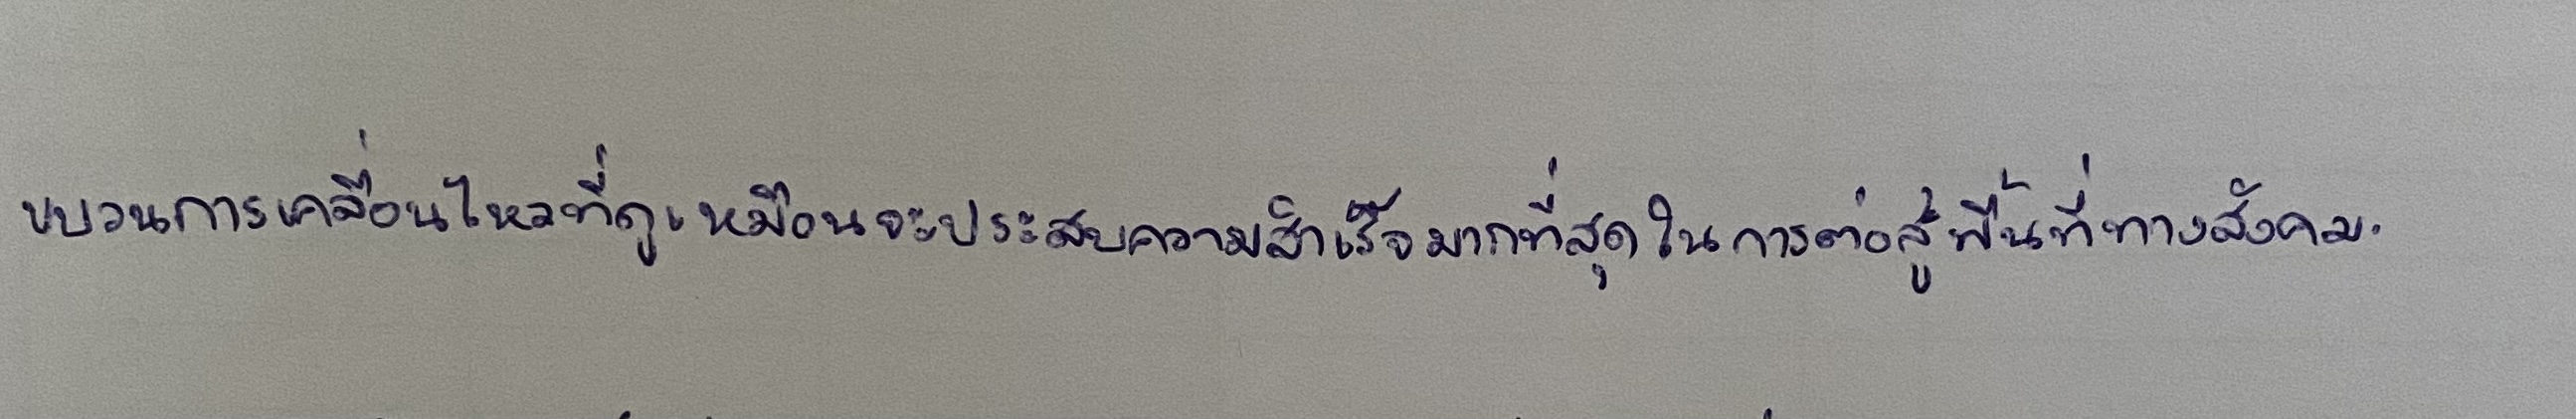
ขบวนการเคลื่อนไหวที่ดูเหมือนจะประสบความสำเร็จมากที่สุดในการต่อสู้พื้นที่ทางสังคม